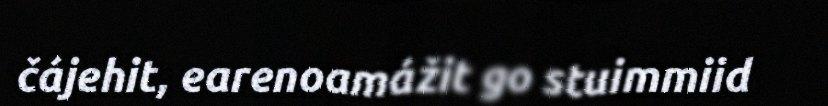
čájehit, earenoamážit go stuimmiid